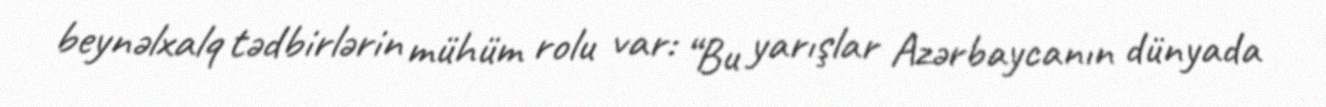
beynəlxalq tədbirlərin mühüm rolu var: “Bu yarışlar Azərbaycanın dünyada